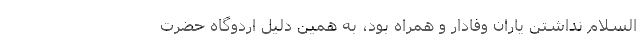
السلام نداشتن یاران وفادار و همراه بود، به همین دلیل اردوگاه حضرت